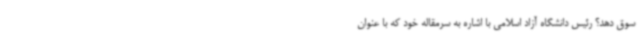
سوق دهد؟ رئیس دانشگاه آزاد اسلامی با اشاره به سرمقاله خود که با عنوان